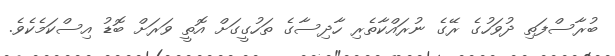
ބުރާސްފަތި ދުވަހުގެ ރޭގެ ނުރައްކާތެރި ހާދިސާގެ ތަހުގީގަށް އޮތީ ވަރަށް ބޮޑު އިސްކަމެކެވެ.